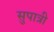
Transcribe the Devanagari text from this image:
सुपात्री